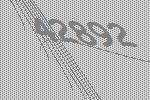
42892